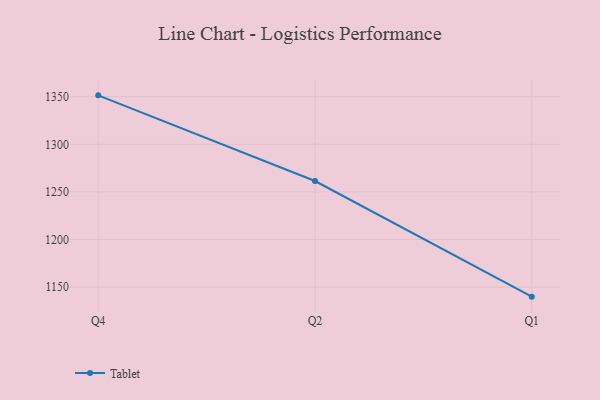
{"axis": {"x": "Quarter", "y": "Humidity (%)"}, "legend": ["Tablet"], "data": [{"x": "Q4", "y": 1351.5, "type": "Tablet"}, {"x": "Q2", "y": 1261.4, "type": "Tablet"}, {"x": "Q1", "y": 1139.8, "type": "Tablet"}]}